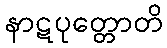
နာဋပုတ္တောတိ